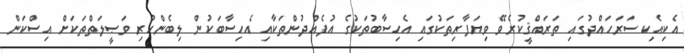
އެކިއެކި ސަރަހައްދުގައި ތަރައްޤީކުރެވޭ ވިޔަފާރިތަކުގައި އެހިސާބުތަކުގެ އުފެއްދުންތަކާއި އެހިސާބަކުން ލިބެންހުރި ވަޞީލަތްތަކަށް އިސްކަން